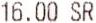
16.00 SR